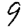
Digit: 9